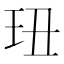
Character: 㺲